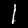
Label: 1